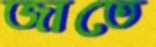
জাতে